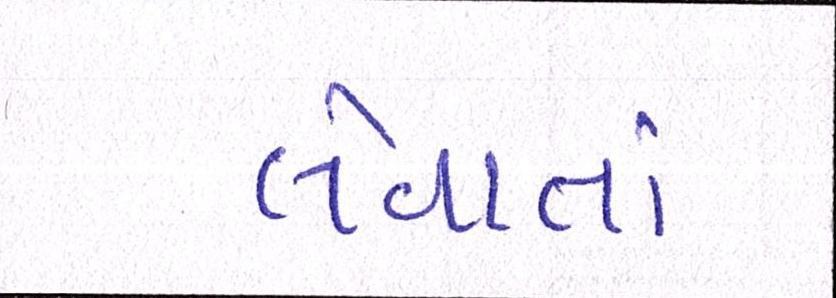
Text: લેવાતાં